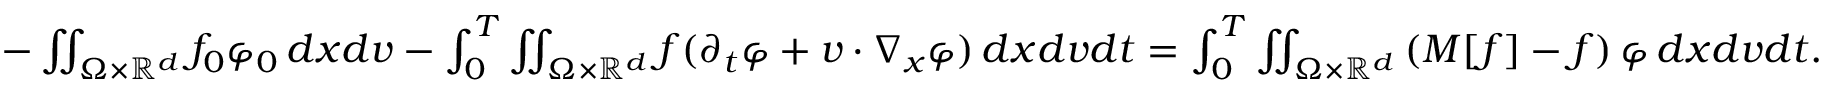
\begin{array} { r } { - \iint _ { \Omega \times \mathbb R ^ { d } } f _ { 0 } \varphi _ { 0 } \, d x d v - \int _ { 0 } ^ { T } \iint _ { \Omega \times \mathbb R ^ { d } } f ( \partial _ { t } \varphi + v \cdot \nabla _ { x } \varphi ) \, d x d v d t = \int _ { 0 } ^ { T } \iint _ { \Omega \times \mathbb R ^ { d } } \left( M [ f ] - f \right) \varphi \, d x d v d t . } \end{array}